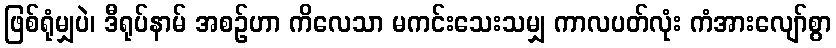
ဖြစ်ရုံမျှပဲ၊ ဒီရုပ်နာမ် အစဉ်ဟာ ကိလေသာ မကင်းသေးသမျှ ကာလပတ်လုံး ကံအားလျော်စွာ